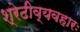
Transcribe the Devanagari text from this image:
श्रेढीव्यवहारः